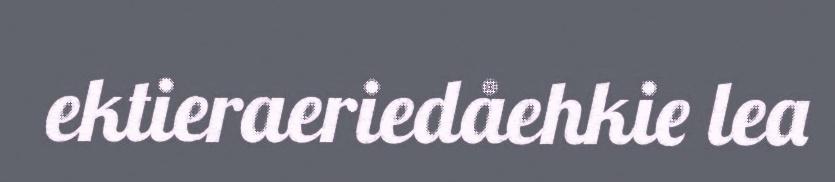
ektieraeriedåehkie lea